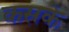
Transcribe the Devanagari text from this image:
कसके